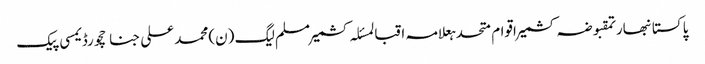
پاکستانبھارتمقبوضہ کشمیراقوام متحدہعلامہ اقبالمسئلہ کشمیرمسلم لیگ (ن)محمد علی جناحچورڈیمسی پیک